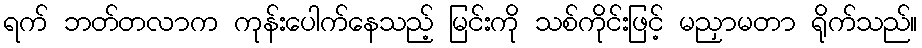
ရက် ဘတ်တလာက ကုန်းပေါက်နေသည့် မြင်းကို သစ်ကိုင်းဖြင့် မညှာမတာ ရိုက်သည်။